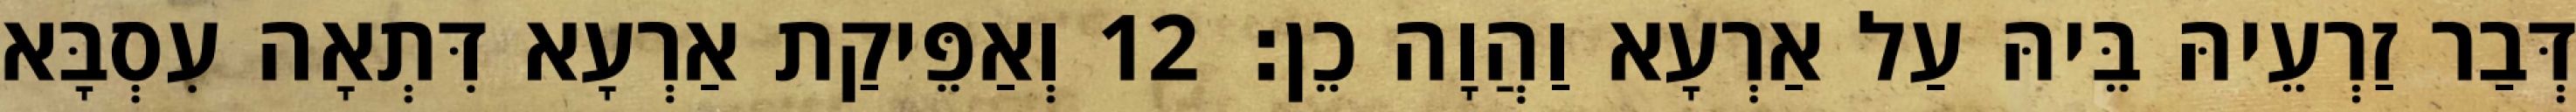
דְּבַר זַרְעֵיהּ בֵּיהּ עַל אַרְעָא וַהֲוָה כֵן׃ 12 וְאַפֵּיקַת אַרְעָא דִּתְאָה עִסְבָּא